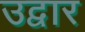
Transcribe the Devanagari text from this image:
उद्वार